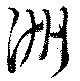
洲